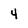
Character: 4